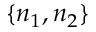
\{ n _ { 1 } , n _ { 2 } \}